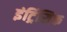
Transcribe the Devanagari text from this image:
इंट्रिंसिक